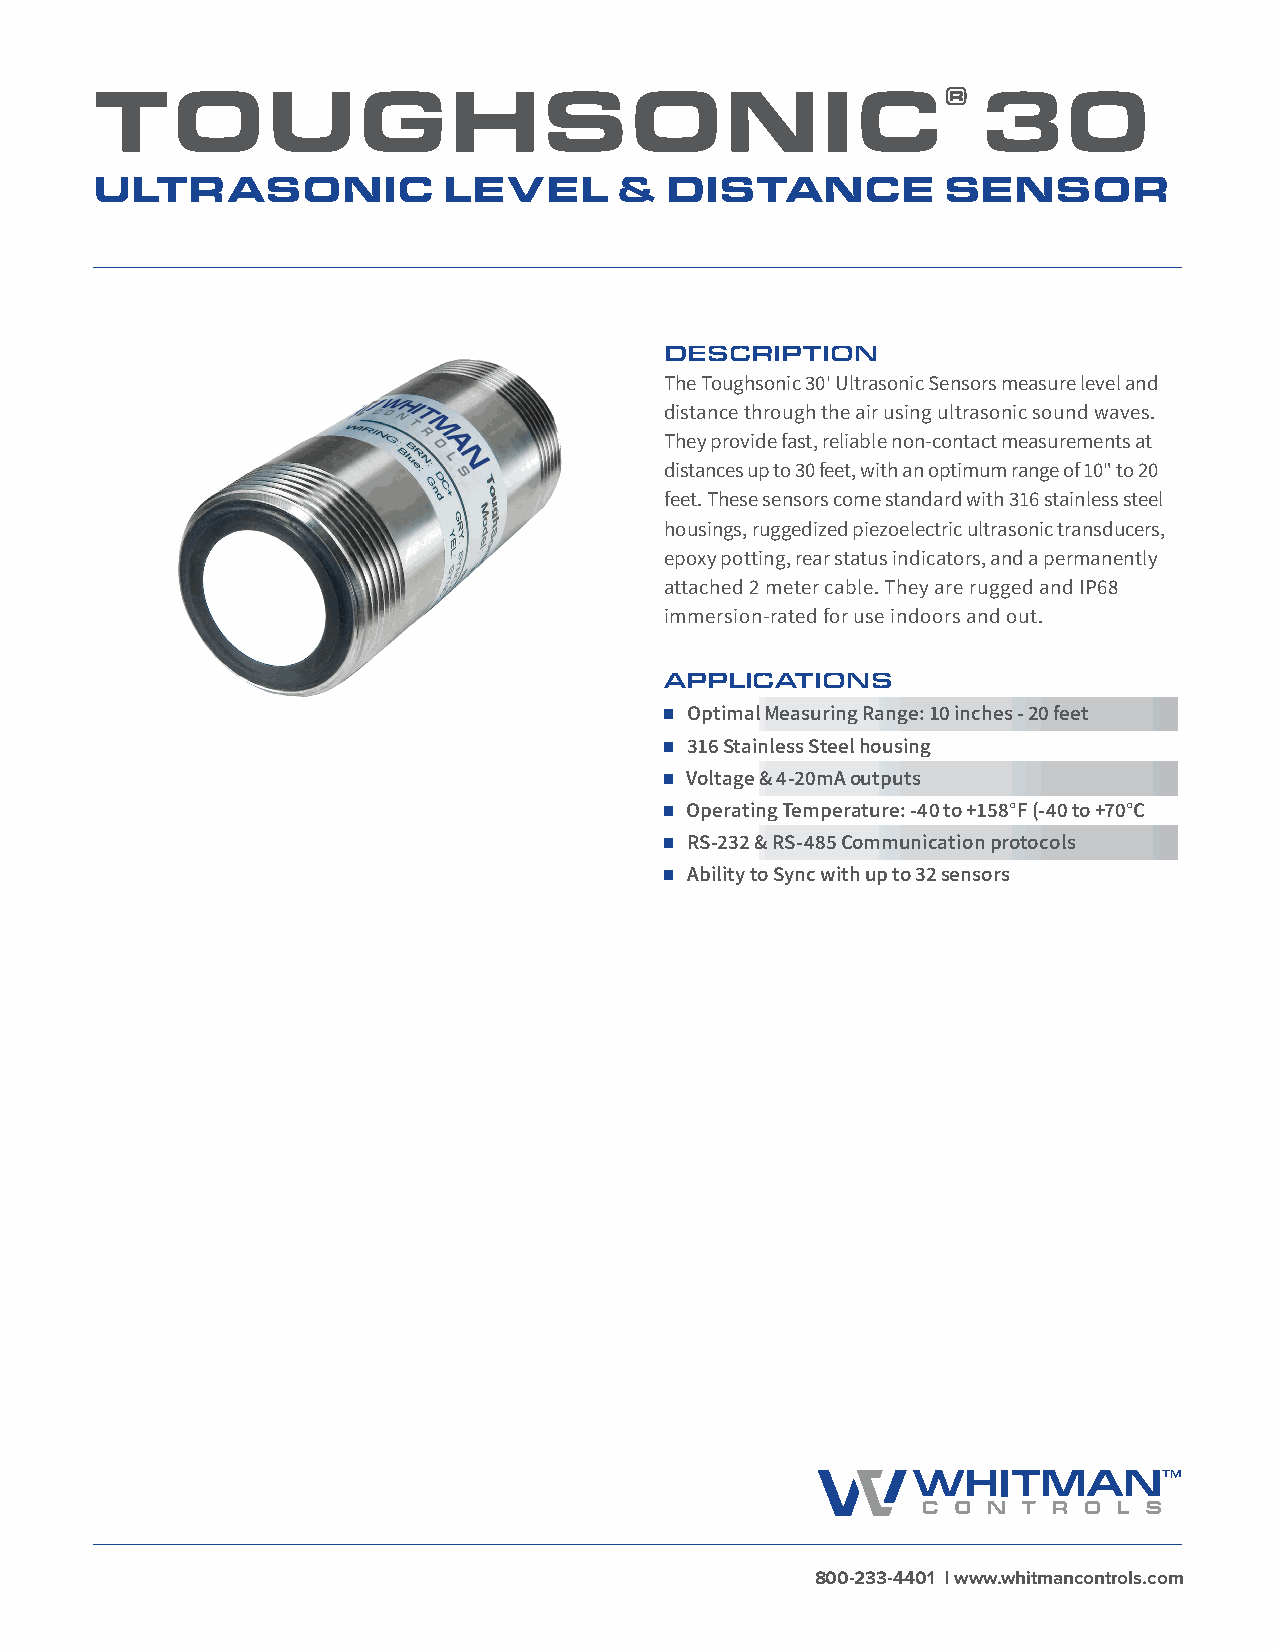
TOUGHSONIC®                                                30
 ULTRASONIC             LEVEL       &  DISTANCE           SENSOR
 DESCRIPTION
 The Toughsonic 30' Ultrasonic Sensors measure level and
 distance through the air using ultrasonic sound waves.
 They provide fast, reliable non-contact measurements at
 distances up to 30 feet, with an optimum range of 10" to 20
 feet. These sensors come standard with 316 stainless steel
 housings, ruggedized piezoelectric ultrasonic transducers,
 epoxy potting, rear status indicators, and a permanently
 attached 2 meter cable. They are rugged and IP68
 immersion-rated for use indoors and out.
 APPLICATIONS
 Optimal Measuring Range: 10 inches - 20 feet
 316 Stainless Steel housing
 Voltage & 4-20mA outputs
 Operating Temperature: -40 to +158°F (-40 to +70°C
 RS-232 & RS-485 Communication protocols
 Ability to Sync with up to 32 sensors
 800-233-4401 | www.whitmancontrols.com